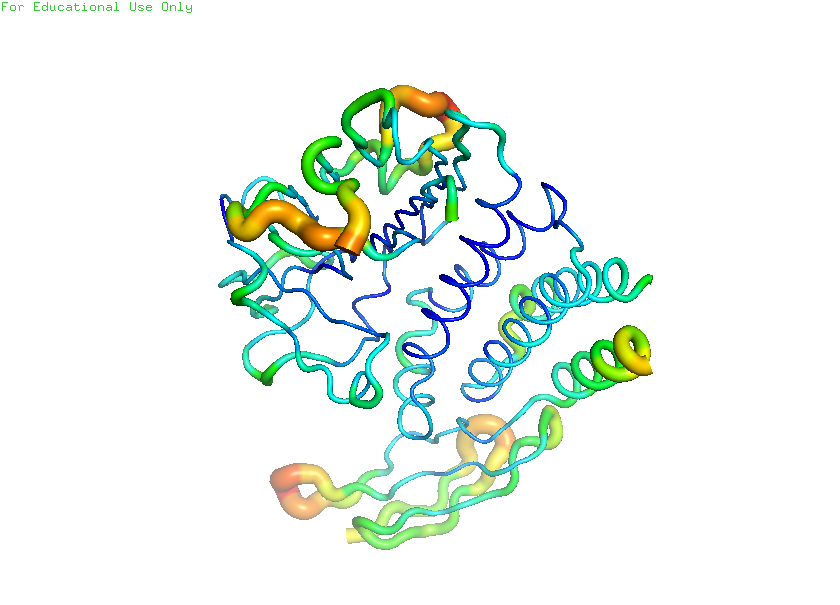
pymol, preset, b_factor_putty